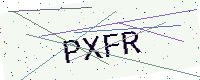
Text: PXFR